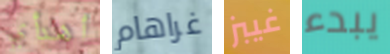
أهدأي غراهام غيبز يبدء